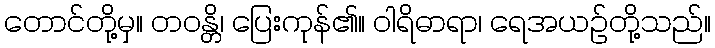
တောင်တို့မှ။ တဝန္တိ၊ ပြေးကုန်၏။ ဝါရိဓာရာ၊ ရေအယဉ်တို့သည်။